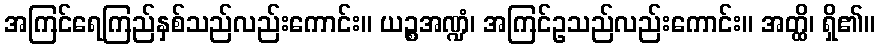
အကြင်ရေကြည်နှစ်သည်လည်းကောင်း။ ယဉ္စအဏ္ဍံ၊ အကြင်ဥသည်လည်းကောင်း။ အတ္ထိ၊ ရှိ၏။